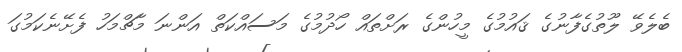
ބެލެވޭ ލޫތުގެފާނުގެ ޤައުމުގެ މީހުންގެ ރަށްތައް ހޯދުމުގެ މަސައްކަތް އަންނަ މާޗްމަހު ފެށޭނެކަމުގަ